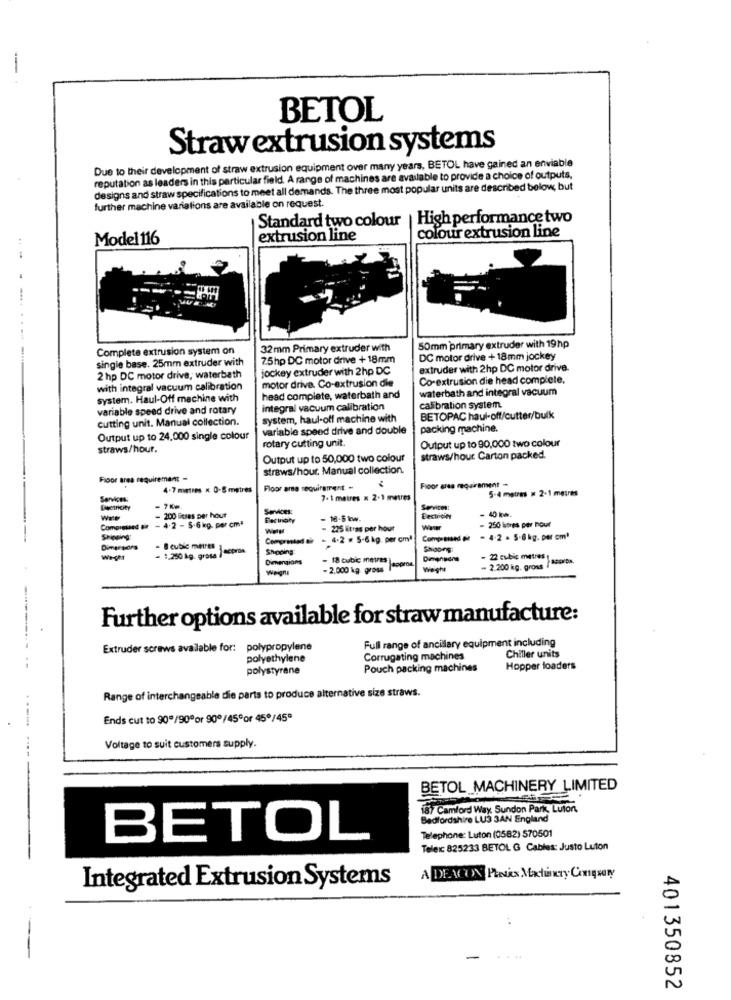
BETOL
Strawextrusion systems
Due to their development of straw extrusion equipment over many years, BETOL have gained an enviable
reputation as leaders in this particular field. A range of machines are available to provide a choice of outputs.
designs and straw specifications to meet all demands. The three most popular units are described below, but
further machine variations are available on request
Standard two colour | High performance two
colour extrusion line
Model116
extrusion line
-
Complete extrusion system on
32mm Primary extruder with
50mm primary extruder with 19hp
single base. 25mm extruder with
7.5hp DC motor drive +18mm
DC motor drive + 18mm jockey
jockey extruder with 2hp DC
extruder with 2hp DC motor drive.
2 hp DC motor drive, waterbath
motor drive. Co-extrusion die
Co-extrusion die head complete.
with integral vacuum calibration
waterbath and integral vacuum
system. Haul-Off machine with
head complete, waterbath and
variable speed drive and rotary
integral vacuum calibration
calibration system.
cutting unit. Manual collection.
system, haul-off machine with
BETOPAC haul-off/cutter/bulk
variable speed drive and double
packing machine.
Output up to 24.000 single colour
rotary cutting unit.
Output up to 90,000 two colour
straws/hour.
Output up to 50,000 two colour
straws/hour Carton packed.
straws/hour, Manual collection.
Floor area requirement -
Floor area requirement
4-7 metres . 0-S metres
Floor area requirement -
5-4 metres = 2-1 mesrés
7.1 metres x 2.1 matres
-7K=
Services:
Servitest
- 40 kw.
- 4.2 - 5.6 kg. per cmª
= 200 litres per hour
Electricty
- 18.5 kw.
EectroNy
- 250 limes per hour
Compressed Bir
- 225 litres per hour
Shipping
- 4-2 = 5-6 kg, per cm]
Compressed M
- 4-2 . 5-6 kg. per cm'
- @cubic metres
Shipping
Shoong
Weghr
1,250 kg. gross I
Dimensions
- 18 cubic metres
- 22 cubic metres
Wenigns
- 2,000 kg. gross
appron
Weghe
- 2.200 kg. gross
Further options available for straw manufacture:
Full range of ancillary equipment including
Extruder screws available for: polypropylene
polyethylene
Corrugating machines
Chiller units
polystyrene
Pouch packing machines
Hopper loaders
Range of interchangeable die parts to produce alternative size straws.
Ends cut to 90º/90ºor 90º/45ºor 45º/45ª
Voltage to suit customers supply.
--- -----
BETOL MACHINERY LIMITED
.
187 Camford Way. Sundon Park, Luiont,
Bedfordshire LU3 3AN England
BETOL
Telephone: Luton (0582) 570501
Teleic 825233 BETOL G Cables: Justo Luton
Integrated Extrusion Systems
A DEACON Protis Machinery Conqsary
-
....
401350852